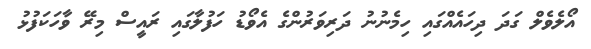
އޯލެވެލް ގަދަ ދިހައެއްގައި ހިމެނުނު ދަރިވަރުންގެ އެވޯޑުު ހަފުލާގައި ރައީސް މިރޭ ވާހަކަފުޅު